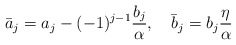
\begin{align*}\bar{a}_{j}=a_{j}-(-1)^{j-1}\frac{b_{j}}{\alpha},\quad\bar{b}_{j}=b_{j}\frac{\eta}{\alpha}\end{align*}